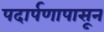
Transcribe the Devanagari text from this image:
पदार्पणापासून